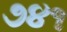
૭૪૧